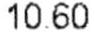
10.60